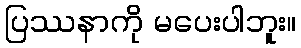
ပြဿနာကို မပေးပါဘူး။